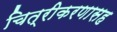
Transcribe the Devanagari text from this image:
चित्रीकरणासह